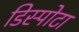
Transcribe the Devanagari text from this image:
डिस्पोटा